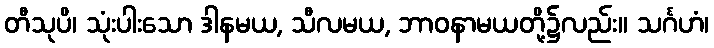
တီသုပိ၊ သုံးပါးသော ဒါနမယ, သီလမယ, ဘာဝနာမယတို့၌လည်း။ သင်္ဂဟံ၊